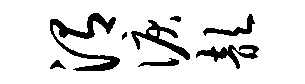
渭泪歆